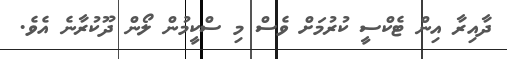
ދާއިރާ އިން ޓެކްސީ ކުރުމަށް ވެސް މި ސްކީމުން ލޯން ދޫކުރާނެ އެވެ.